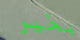
بخير